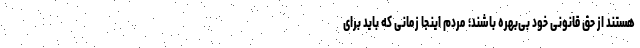
هستند از حق قانونی خود بی‌بهره‌ باشند؛ مردم اینجا زمانی که باید برای